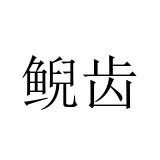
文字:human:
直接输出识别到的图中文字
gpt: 鲵齿